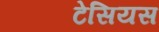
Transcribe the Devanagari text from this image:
टेसियस